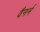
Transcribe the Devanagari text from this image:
वैनर्न